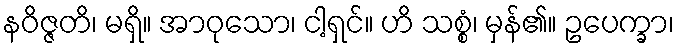
နဝိဇ္ဇတိ၊ မရှိ။ အာဝုသော၊ ငါ့ရှင်။ ဟိ သစ္စံ၊ မှန်၏။ ဥပေက္ခာ၊